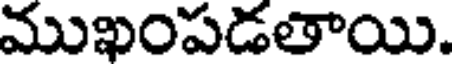
ముఖంపడతాయి.